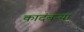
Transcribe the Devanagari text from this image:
कादंबऱ्‍या